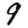
Digit: 9